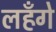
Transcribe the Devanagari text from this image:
लहँगे